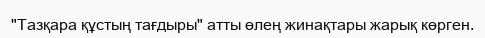
"Тазқара құстың тағдыры" атты өлең жинақтары жарық көрген.